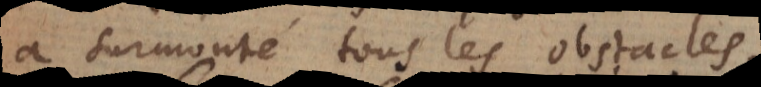
a surmonté tous les obstacles.